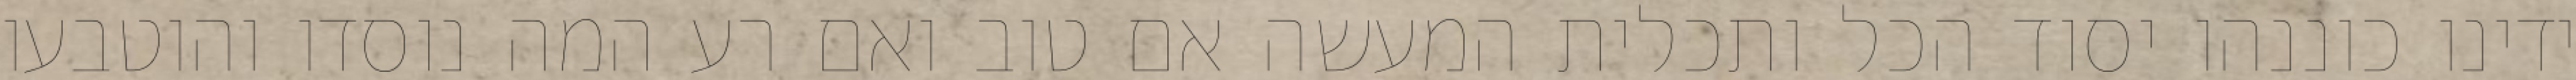
ידינו כוננהו יסוד הכל ותכלית המעשה אם טוב ואם רע המה נוסדו והוטבעו